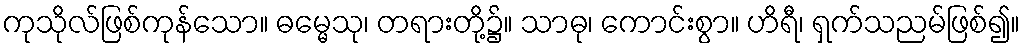
ကုသိုလ်ဖြစ်ကုန်သော။ ဓမ္မေသု၊ တရားတို့၌။ သာဓု၊ ကောင်းစွာ။ ဟိရီ၊ ရှက်သညမ်ဖြစ်၍။